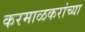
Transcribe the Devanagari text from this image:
करमाळकरांच्या